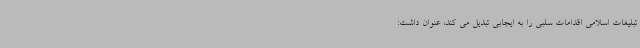
تبلیغات اسلامی اقدامات سلبی را به ایجابی تبدیل می کند، عنوان داشت: